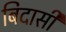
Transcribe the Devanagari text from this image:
बिदासी